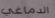
الدماغي